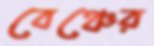
বেঞ্চের